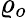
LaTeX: \varrho_{o}